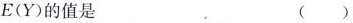
E(Y)的值是 ( )